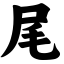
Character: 尾